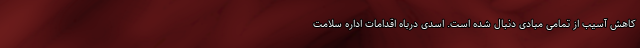
کاهش آسیب از تمامی مبادی دنبال شده است. اسدی درباه اقدامات اداره سلامت